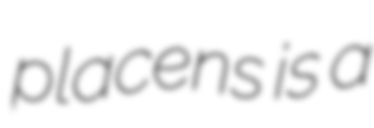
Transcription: placens is a